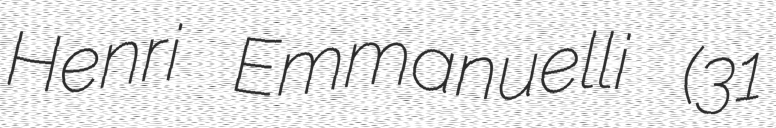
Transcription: Henri Emmanuelli (31